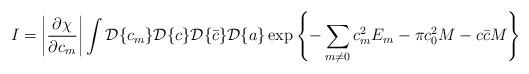
LaTeX: \begin{align*}I = \left|\frac{\partial\chi}{\partial c_m}\right|\int {\cal D}\{c_m\} {\cal D}\{c\} {\cal D}\{\bar{c}\} {\cal D}\{a\}\exp\left\{-\sum_{m\neq 0}c_m^2E_m - \pi c_0^2M -c\bar{c}M\right\}\end{align*}